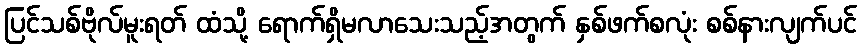
ပြင်သစ်ဗိုလ်မူးရတ် ထံသို့ ရောက်ရှိမလာသေးသည့်အတွက် နှစ်ဖက်စလုံး စစ်နားလျက်ပင်